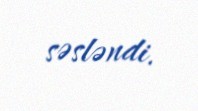
səsləndi.